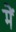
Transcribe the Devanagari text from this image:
मेेें